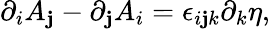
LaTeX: \partial_{i}A_{\mathbf{j}}-\partial_{\mathbf{j}}A_{i}=\epsilon_{i\mathbf{j}k}\partial_{k}\eta,